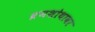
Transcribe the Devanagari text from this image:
व्रणशोथावर